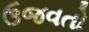
ઉજવતો